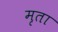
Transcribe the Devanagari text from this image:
मृता